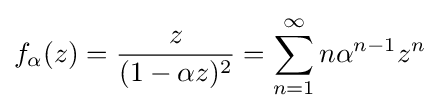
f_{\alpha }(z)={\frac {z}{(1-\alpha z)^{2}}}=\sum _{n=1}^{\infty }n\alpha ^{n-1}z^{n}